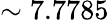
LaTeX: \sim 7.7785